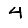
Digit: 4